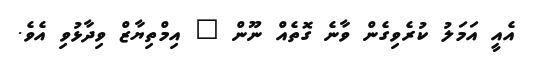
އެއީ އަމަލު ކުރެވިގެން ވާނެ ގޮތެއް ނޫން " އިމްތިޔާޒް ވިދާޅުވި އެވެ.